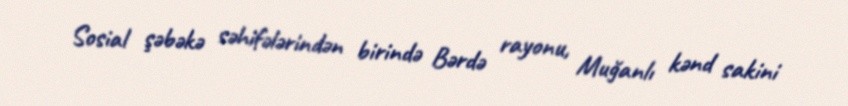
Sosial şəbəkə səhifələrindən birində Bərdə rayonu, Muğanlı kənd sakini